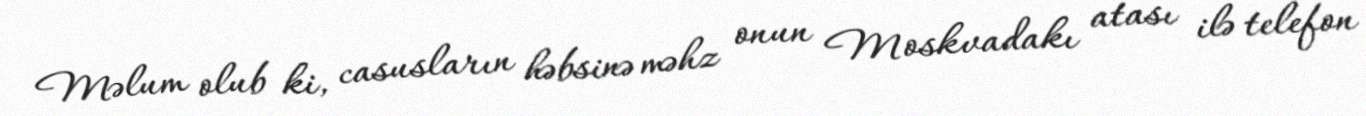
Məlum olub ki, casusların həbsinə məhz onun Moskvadakı atası ilə telefon